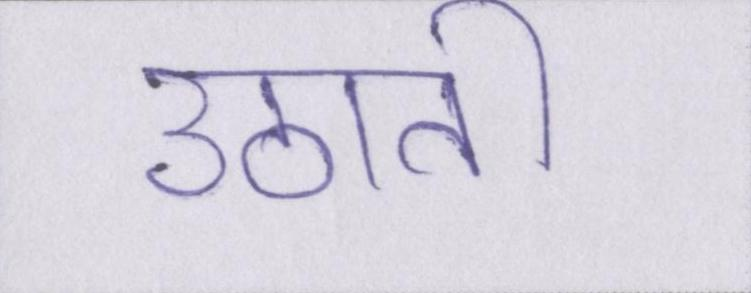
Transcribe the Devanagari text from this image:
उठाती